Jaan_Tonisson_(Lasteleht), lk 352
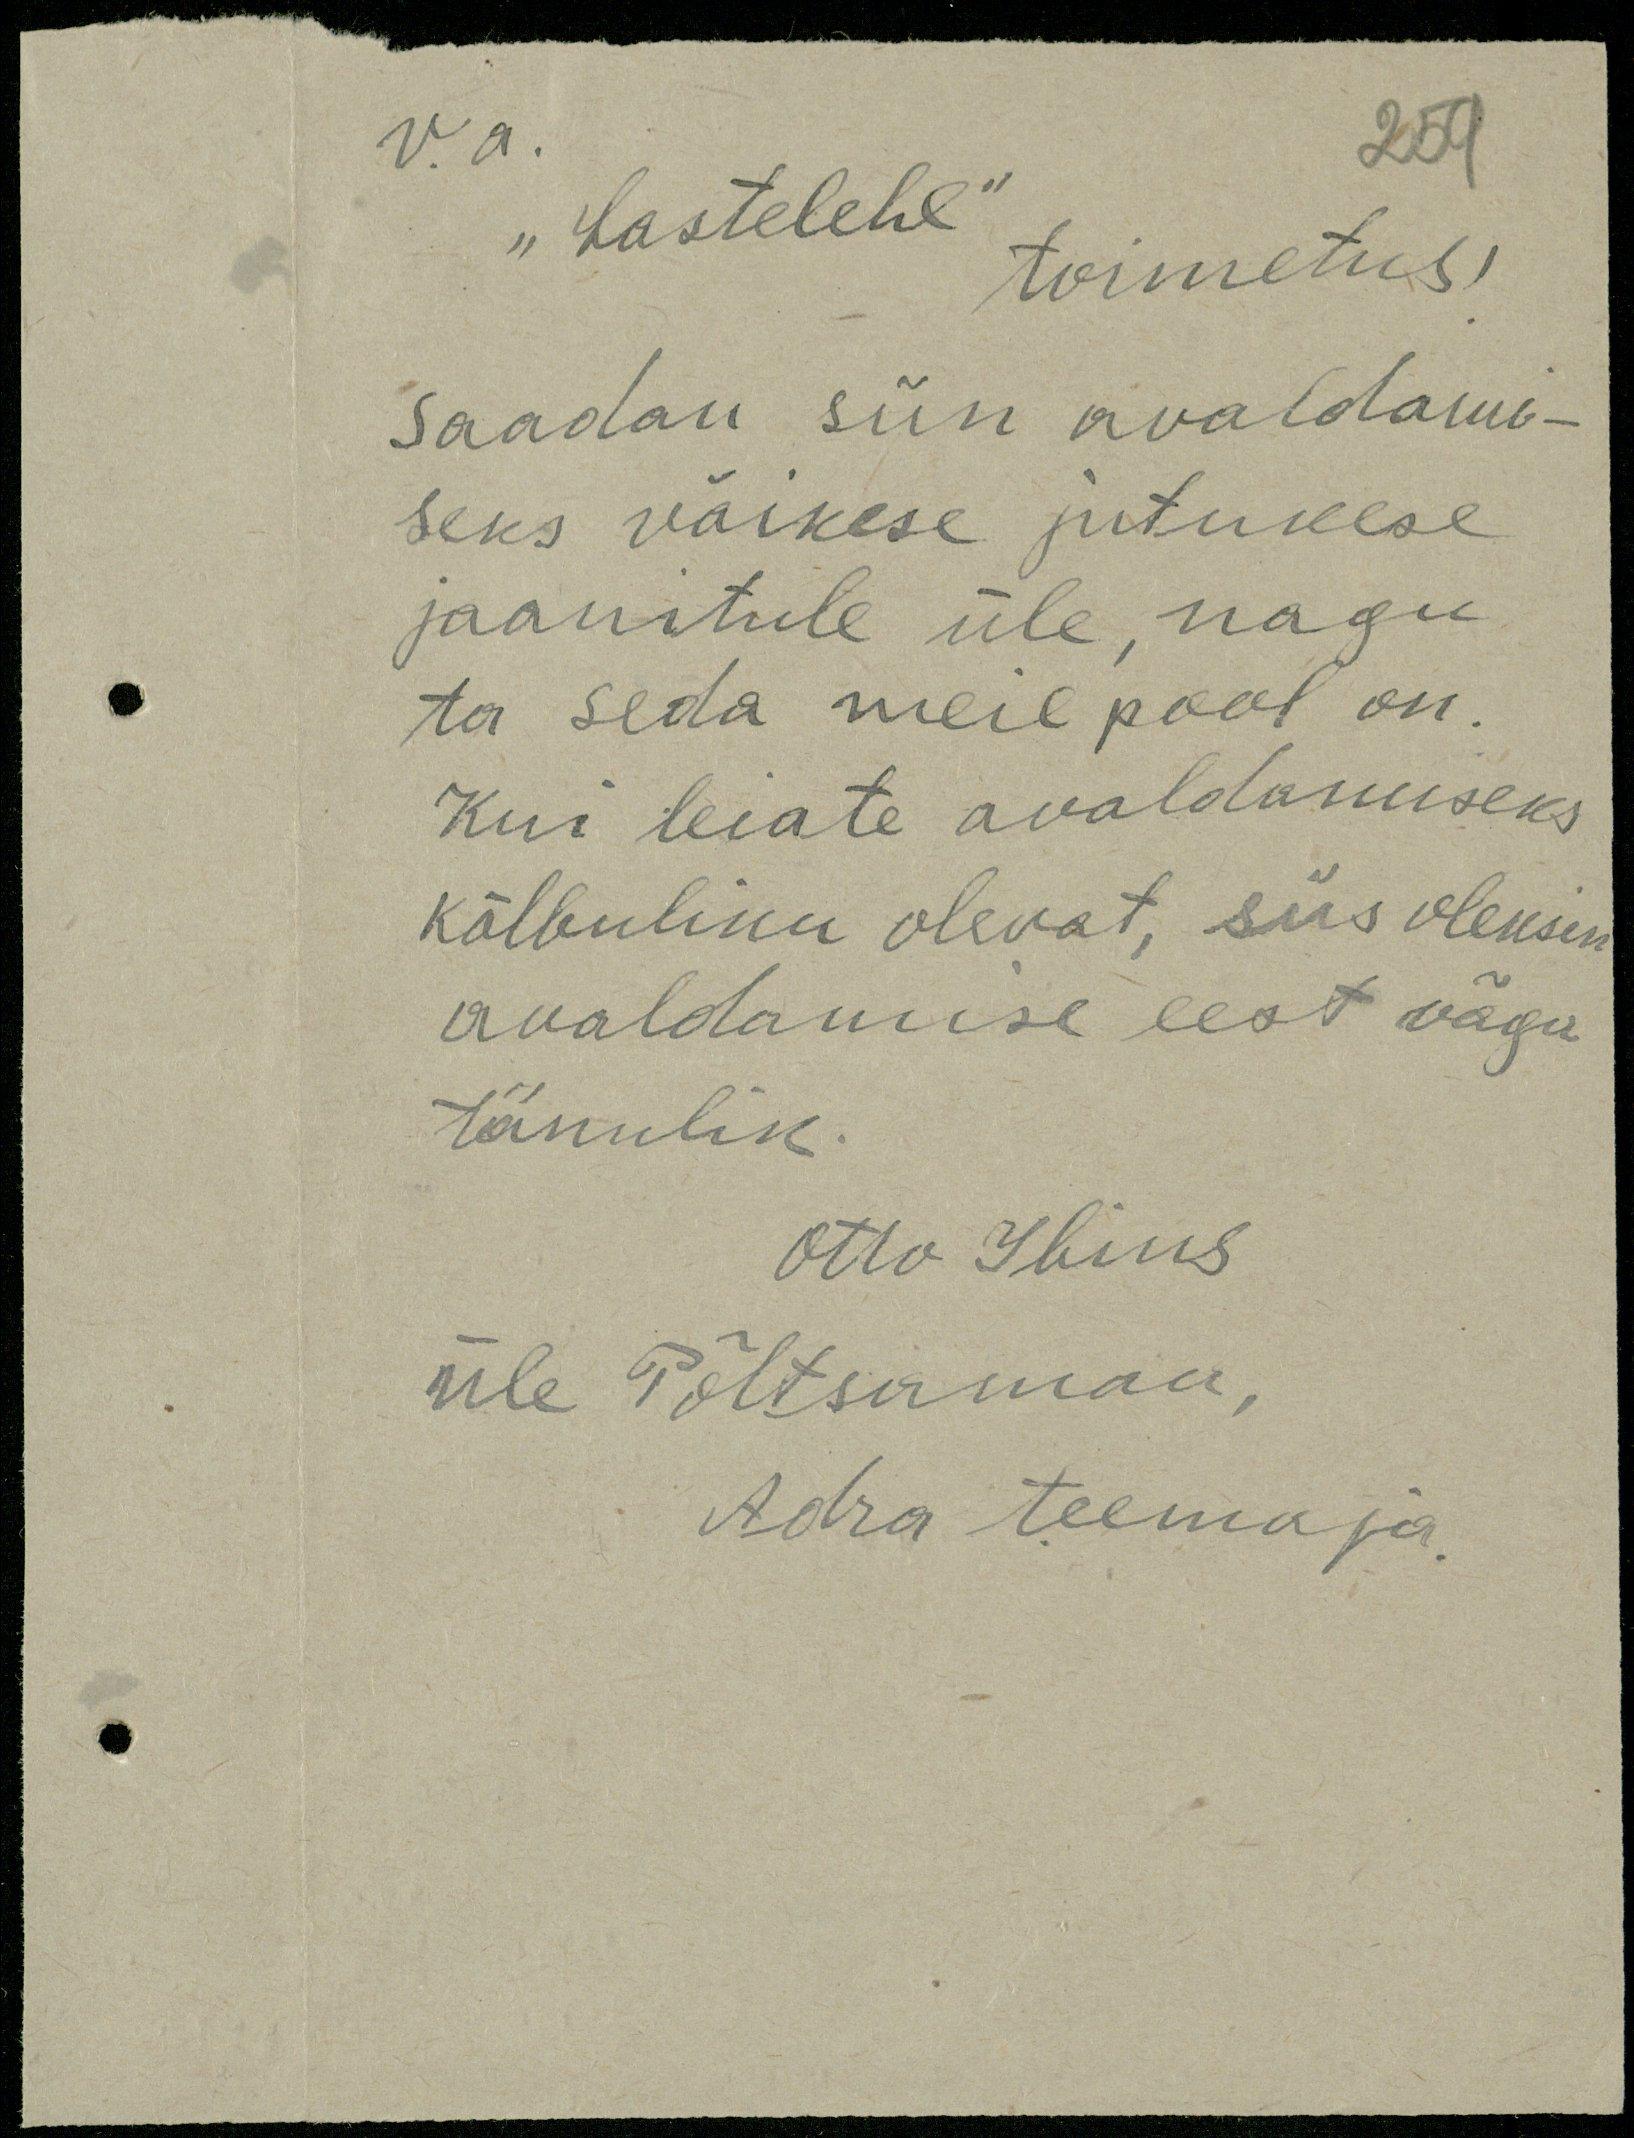
259

va.
"Lastelehe"
toimetus!
Saadan siin avaldami-
seks väikese jutukese
jaanitule üle nagu
ta seda meie pool on.
Kui leiate avaldamiseks
kõlbuliku olevat, siis oleksin
avaldamise eest väga
tänulik.
Otto Ibrus
üle Põltsamaa,
Adra teemaja